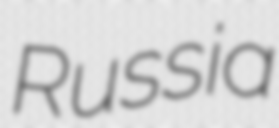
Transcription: Russia